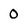
Character: 0